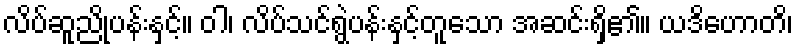
လိပ်ဆူညိုပန်းနှင့်။ ဝါ၊ လိပ်သင်ရွဲပန်းနှင့်တူသော အဆင်းရှိ၏။ ယဒိဟောတိ၊